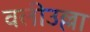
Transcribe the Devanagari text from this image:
वलीउल्ला